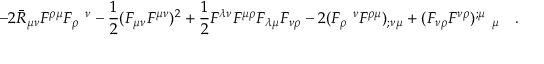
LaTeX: - 2 \bar { R } _ { \mu \nu } F ^ { \rho \mu } F _ { \rho } ~ ^ { \nu } - \frac 1 2 ( F _ { \mu \nu } F ^ { \mu \nu } ) ^ { 2 } + \frac 1 2 F ^ { \lambda \nu } F ^ { \mu \rho } F _ { \lambda \mu } F _ { \nu \rho } - 2 ( F _ { \rho } ~ ^ { \nu } F ^ { \rho \mu } ) _ { ; \nu \mu } + ( F _ { \nu \rho } F ^ { \nu \rho } ) ^ { ; \mu } ~ _ { \mu } ~ ~ ~ .